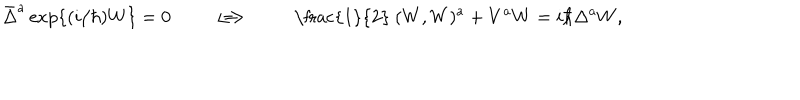
\bar { \Delta } ^ { a } \, \mathrm { e x p } \{ ( i / \hbar ) W \} = 0 \qquad \Longleftrightarrow \qquad \mathrm { ~ \frac { 1 } { 2 } ~ } ( W , W ) ^ { a } + V ^ { a } W = i \hbar \Delta ^ { a } W ,